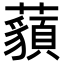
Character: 𧂀